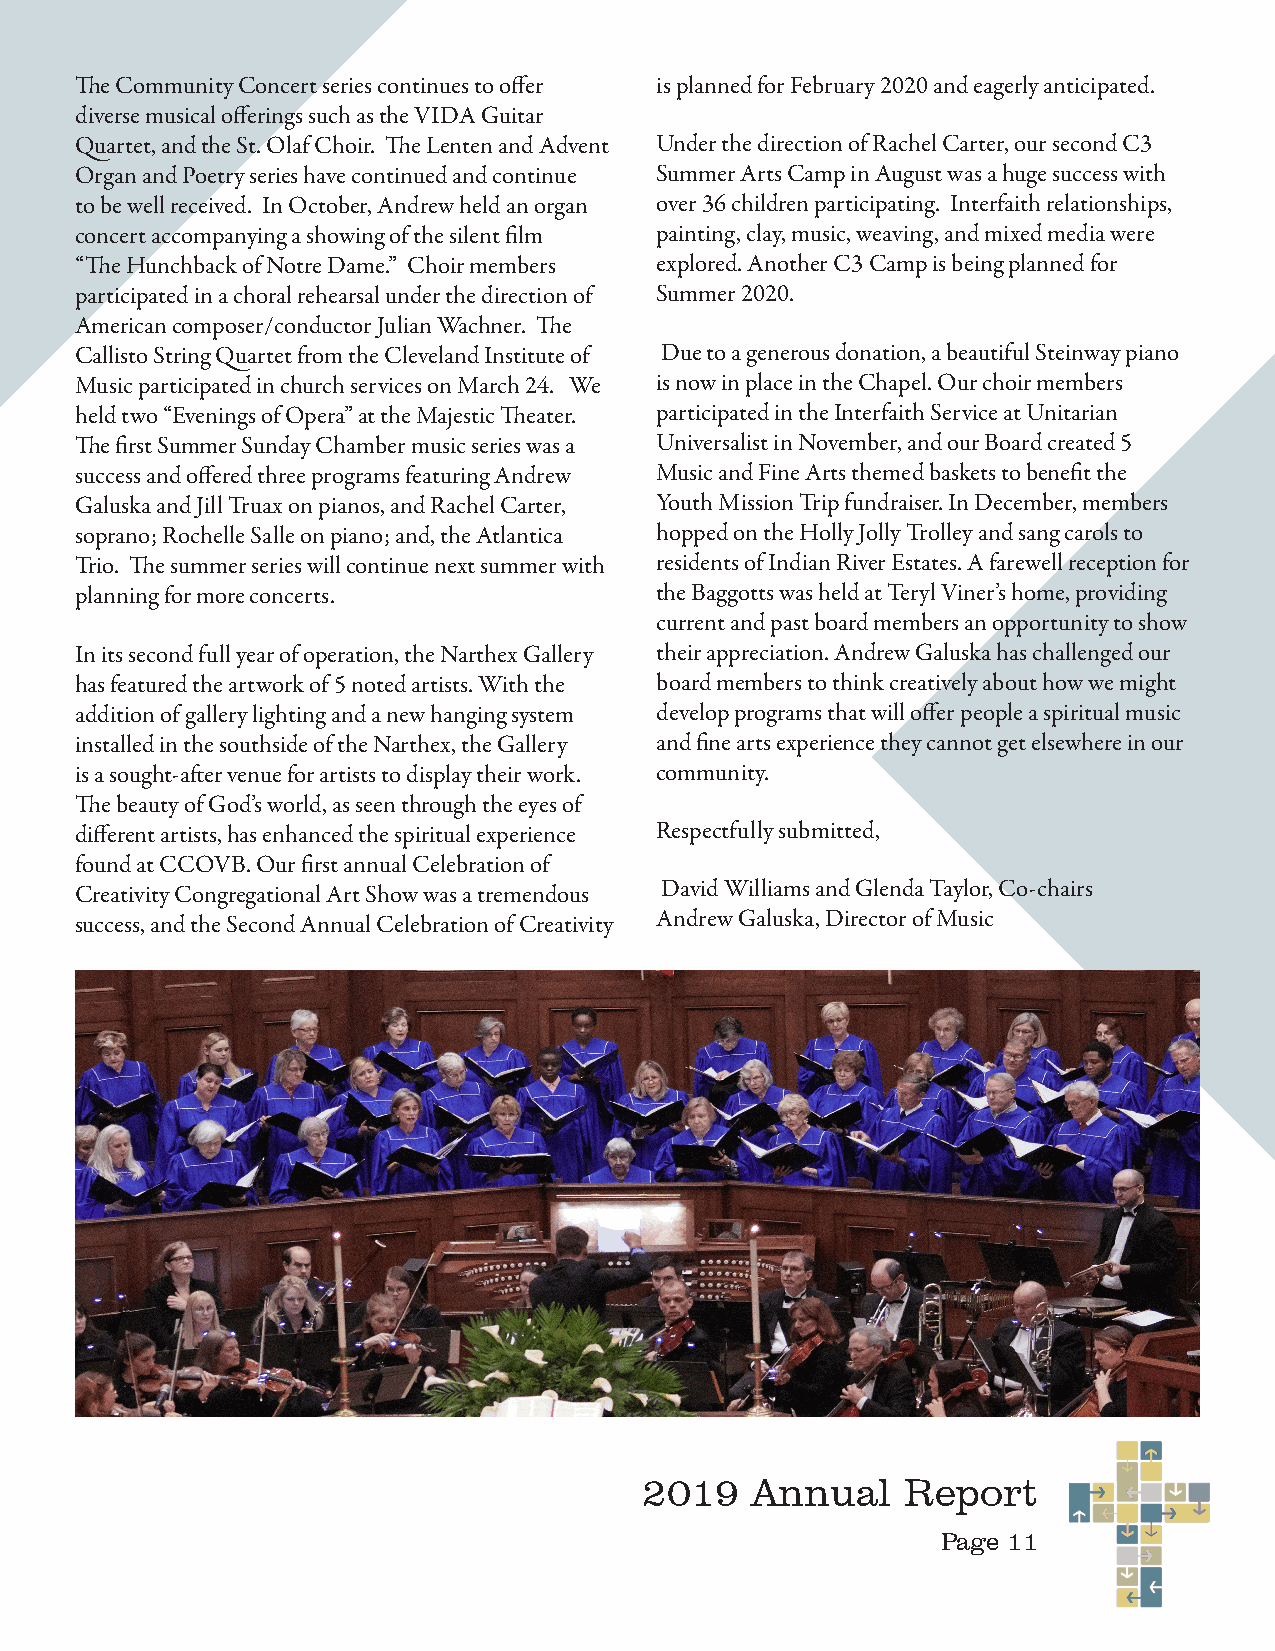
The Community Concert series continues to offer is planned for February 2020 and eagerly anticipated.
 diverse musical offerings such as the VIDA Guitar
 Quartet, and the St. Olaf Choir. The Lenten and Advent Under the direction of Rachel Carter, our second C3
 Organ and Poetry series have continued and continue Summer Arts Camp in August was a huge success with
 to be well received. In October, Andrew held an organ over 36 children participating. Interfaith relationships,
 concert accompanying a showing of the silent film painting, clay, music, weaving, and mixed media were
 “The Hunchback of Notre Dame.” Choir members explored. Another C3 Camp is being planned for
 participated in a choral rehearsal under the direction of Summer 2020.
 American composer/conductor Julian Wachner. The
 Callisto String Quartet from the Cleveland Institute of Due to a generous donation, a beautiful Steinway piano
 Music participated in church services on March 24. We is now in place in the Chapel. Our choir members
 held two “Evenings of Opera” at the Majestic Theater. participated in the Interfaith Service at Unitarian
 The first Summer Sunday Chamber music series was a Universalist in November, and our Board created 5
 success and offered three programs featuring Andrew Music and Fine Arts themed baskets to benefit the
 Galuska and Jill Truax on pianos, and Rachel Carter, Youth Mission Trip fundraiser. In December, members
 soprano; Rochelle Salle on piano; and, the Atlantica hopped on the Holly Jolly Trolley and sang carols to
 Trio. The summer series will continue next summer with residents of Indian River Estates. A farewell reception for
 planning for more concerts.           the Baggotts was held at Teryl Viner’s home, providing
 current and past board members an opportunity to show
 In its second full year of operation, the Narthex Gallery their appreciation. Andrew Galuska has challenged our
 has featured the artwork of 5 noted artists. With the board members to think creatively about how we might
 addition of gallery lighting and a new hanging system develop programs that will offer people a spiritual music
 installed in the southside of the Narthex, the Gallery and fine arts experience they cannot get elsewhere in our
 is a sought-after venue for artists to display their work. community.
 The beauty of God’s world, as seen through the eyes of
 different artists, has enhanced the spiritual experience Respectfully submitted,
 found at CCOVB. Our first annual Celebration of
 Creativity Congregational Art Show was a tremendous David Williams and Glenda Taylor, Co-chairs
 success, and the Second Annual Celebration of Creativity Andrew Galuska, Director of Music
 2019   Annual    Report
 Page 11